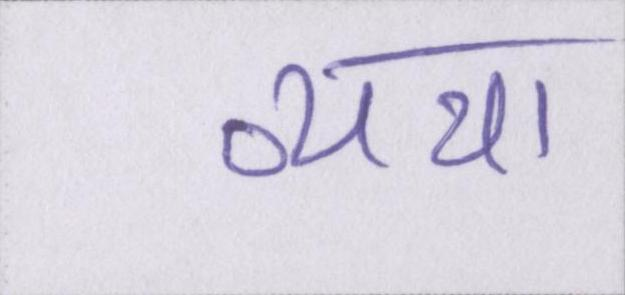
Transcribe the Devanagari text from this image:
व्यथा